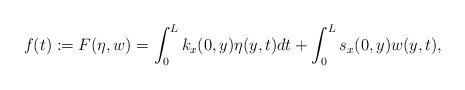
LaTeX: \begin{align*}f(t):=F(\eta,w)=\displaystyle\int^L_0k_x(0,y)\eta(y,t)dt+\int_0^Ls_x(0,y) w(y,t),\end{align*}